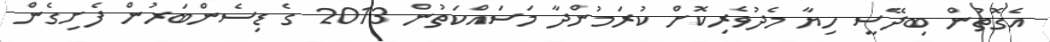
އެގޮތުން ބިދޭސީ ހިޔާ މެދުވެރިކޮށް ކުރަމުންދާ މަސައްކަތުން 2013 ގެ ޑިސެންބަރުން ފެށިގެން